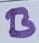
Text: B